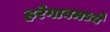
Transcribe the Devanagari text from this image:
हरेगावमध्ये